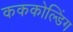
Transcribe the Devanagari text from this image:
कककोल्डिंग